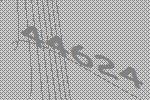
44624